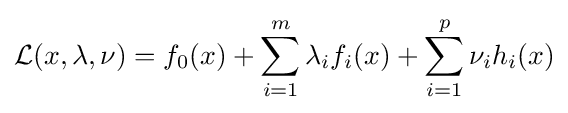
{\mathcal {L}}(x,\lambda ,\nu )=f_{0}(x)+\sum _{i=1}^{m}\lambda _{i}f_{i}(x)+\sum _{i=1}^{p}\nu _{i}h_{i}(x)